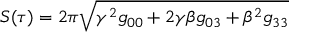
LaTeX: S ( \tau ) = 2 \pi \sqrt { \gamma ^ { 2 } g _ { 0 0 } + 2 \gamma \beta g _ { 0 3 } + \beta ^ { 2 } g _ { 3 3 } }